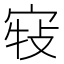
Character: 𡨣